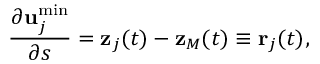
\frac { \partial { \bf u } _ { j } ^ { \operatorname * { m i n } } } { \partial s } = { \bf z } _ { j } ( t ) - { \bf z } _ { M } ( t ) \equiv { \bf r } _ { j } ( t ) ,